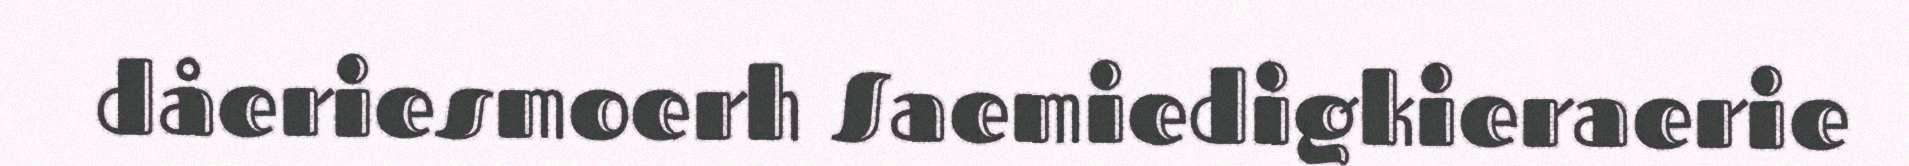
dåeriesmoerh Saemiedigkieraerie